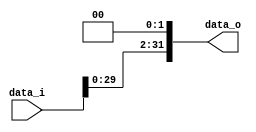
module shift2 (
  input [31:0] data_i,
  output [31:0] data_o
);

assign data_o = {data_i[29:0],2'b00};

endmodule